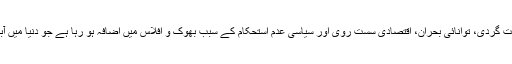
غذا کی بڑھتی ہوئی قیمت، سیلاب، غربت، تنازعات، دہشت گردی، توانائی بحران، اقتصادی سست روی اور سیاسی عدم استحکام کے سبب بھوک و افلاس میں اضافہ ہو رہا ہے جو دنیا میں آبادی کے لحاظ سے چھٹے بڑے ملک کے لئے خطرہ ہے۔